Scottish Leaving Certificate Examination, 1960
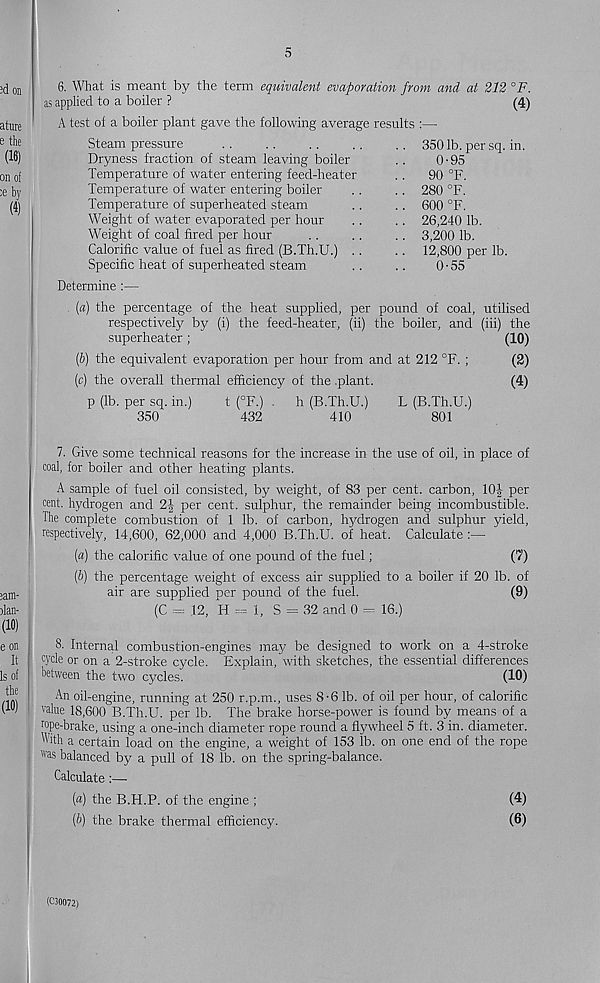
5
6. What is meant by the term equivalent evaporation from and at 212 °F.
as applied to a boiler ?
(4)
A test of a boiler plant gave the following average results :—
Steam pressure
Dryness fraction of steam leaving boiler
Temperature of water entering feed-heater
Temperature of water entering boiler
Temperature of superheated steam
Weight of water evaporated per hour
Weight of coal fired per hour
Calorific value of fuel as fired (B.Th.U.) .
Specific heat of superheated steam
3501b. persq. in.
0-95
90 °F.
280 °F.
600 °F.
26,240 lb.
3,200 lb.
12,800 per lb.
0-55
Determine :—
(а) the percentage of the heat supplied, per pound of coal, utilised
respectively by (i) the feed-heater, (ii) the boiler, and (iii) the
superheater;
(10)
(б) the equivalent evaporation per hour from and at 212 °F. ;
(2)
(c) the overall thermal efficiency of the plant.
(4)
p (lb. per sq. in.)
t (°F.) . h (B.Th.U.)
L (B.Th.U.)
350
432
410
801
7. Give some technical reasons for the increase in the use of oil, in place of
coal, for boiler and other heating plants.
A sample of fuel oil consisted, by weight, of 83 per cent, carbon, 10J per
cent, hydrogen and 2| per cent, sulphur, the remainder being incombustible.
Ihe complete combustion of 1 lb. of carbon, hydrogen and sulphur yield,
respectively, 14,600, 62,000 and 4,000 B.Th.U. of heat. Calculate :—
(a) the calorific value of one pound of the fuel;
(7)
(b) the percentage weight of excess air supplied to a boiler if 20 lb. of
air are supplied per pound of the fuel.
(9)
(C = 12, H — 1, S = 32 and 0 = 16.)
8. Internal combustion-engines may be designed to work on a 4-stroke
cycle or on a 2-stroke cycle. Explain, with sketches, the essential differences
between the two cycles.
(10)
An oil-engine, running at 250 r.p.m., uses 8-6 lb. of oil per hour, of calorific
value 18,600 B.Th.U. per lb. The brake horse-power is found by means of a
rope-brake, using a one-inch diameter rope round a flywheel 5 ft. 3 in. diameter.
With a certain load on the engine, a weight of 153 lb. on one end of the rope
"'as balanced by a pull of 18 lb. on the spring-balance.
Calculate:—
[a) the B.H.P. of the engine ;
(4)
(b) the brake thermal efficiency.
(6)
(C30072)